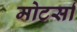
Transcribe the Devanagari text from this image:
मोटर्सा